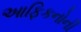
આફિકનોની